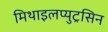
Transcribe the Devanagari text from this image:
मिथाइलप्युट्रसिन